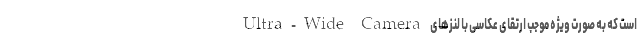
Ultra-Wide Camera است که به صورت ویژه موجب ارتقای عکاسی با لنزهای